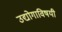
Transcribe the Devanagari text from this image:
उद्योगाविषयी